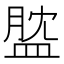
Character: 𥁺